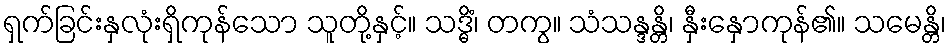
ရှက်ခြင်းနှလုံးရှိကုန်သော သူတို့နှင့်။ သဒ္ဓိံ၊ တကွ။ သံသန္ဒန္တိ၊ နှီးနှောကုန်၏။ သမေန္တိ၊